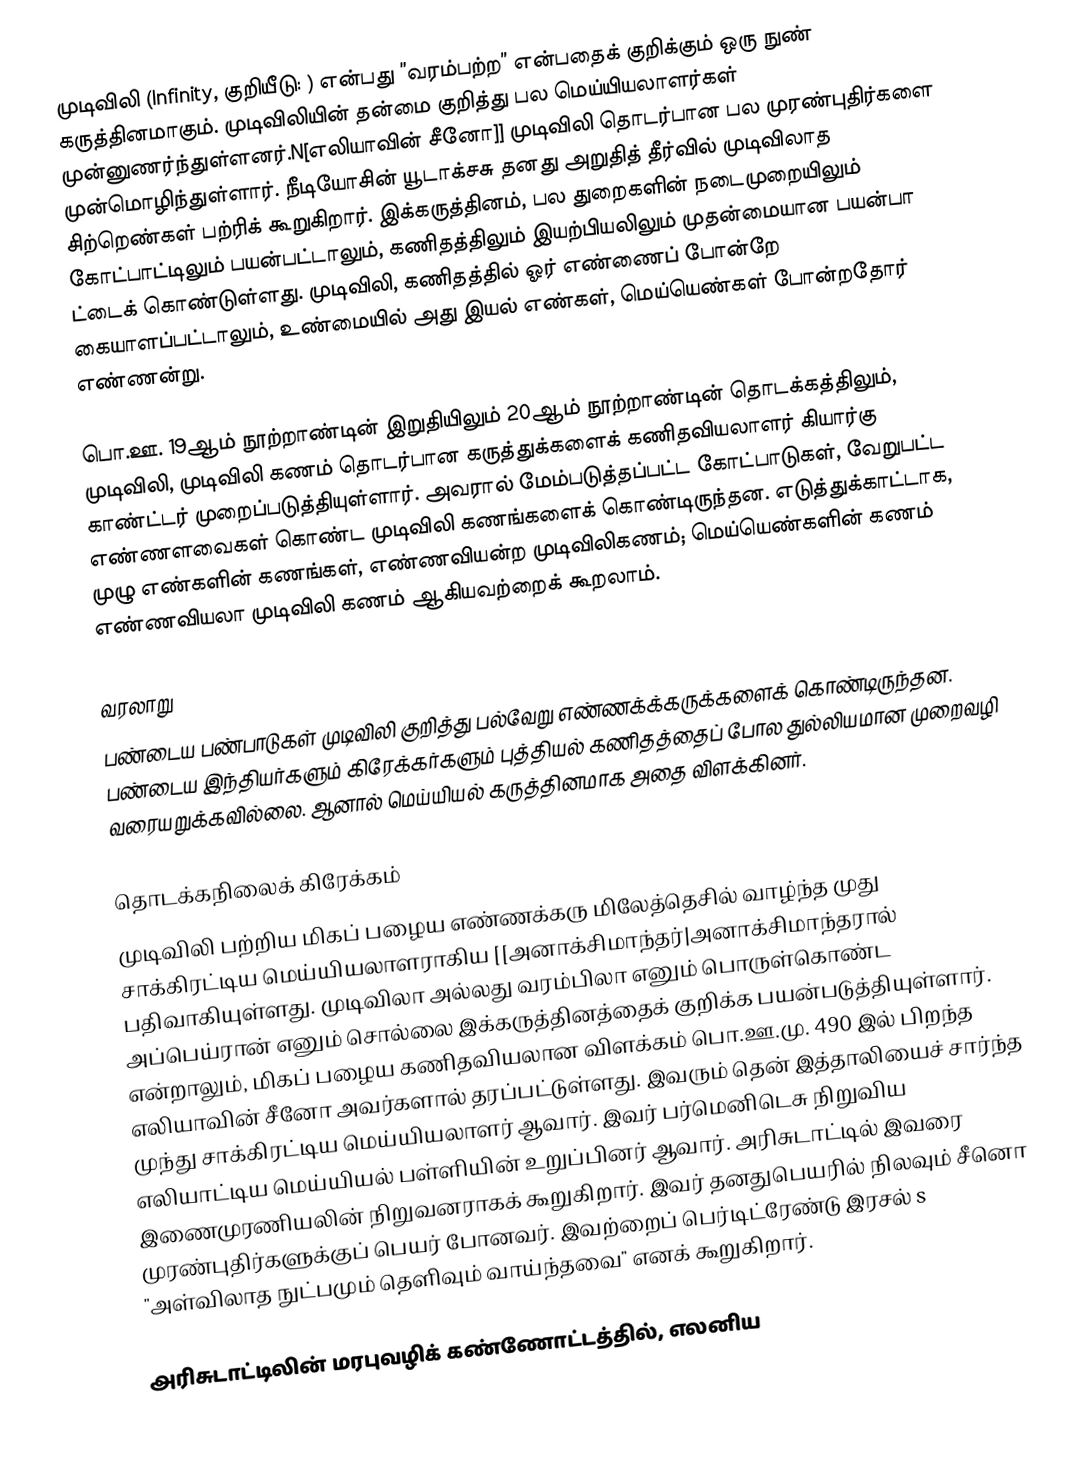
முடிவிலி (Infinity, குறியீடு: ) என்பது ”வரம்பற்ற” என்பதைக் குறிக்கும் ஒரு நுண் கருத்தினமாகும். முடிவிலியின் தன்மை குறித்து பல மெய்யியலாளர்கள் முன்னுணர்ந்துள்ளனர்.N[எலியாவின் சீனோ]] முடிவிலி தொடர்பான பல முரண்புதிர்களை முன்மொழிந்துள்ளார். நீடியோசின் யூடாக்சசு  தனது அறுதித் தீர்வில் முடிவிலாத சிற்றெண்கள் பற்ரிக் கூறுகிறார். இக்கருத்தினம், பல துறைகளின் நடைமுறையிலும் கோட்பாட்டிலும் பயன்பட்டாலும், கணிதத்திலும் இயற்பியலிலும்  முதன்மையான பயன்பா ட்டைக் கொண்டுள்ளது. முடிவிலி, கணிதத்தில் ஓர் எண்ணைப் போன்றே கையாளப்பட்டாலும், உண்மையில் அது இயல் எண்கள், மெய்யெண்கள் போன்றதோர் எண்ணன்று.

பொ.ஊ. 19ஆம் நூற்றாண்டின் இறுதியிலும் 20ஆம் நூற்றாண்டின் தொடக்கத்திலும், முடிவிலி, முடிவிலி கணம் தொடர்பான கருத்துக்களைக் கணிதவியலாளர் கியார்கு காண்ட்டர் முறைப்படுத்தியுள்ளார். அவரால் மேம்படுத்தப்பட்ட கோட்பாடுகள், வேறுபட்ட எண்ணளவைகள் கொண்ட முடிவிலி கணங்களைக் கொண்டிருந்தன. எடுத்துக்காட்டாக, முழு எண்களின் கணங்கள்,  எண்ணவியன்ற முடிவிலிகணம்; மெய்யெண்களின் கணம் எண்ணவியலா முடிவிலி கணம் ஆகியவற்றைக் கூறலாம்.

வரலாறு
பண்டைய பண்பாடுகள் முடிவிலி குறித்து பல்வேறு எண்ணக்க்கருக்களைக் கொண்டிருந்தன. பண்டைய இந்தியர்களும் கிரேக்கர்களும் புத்தியல் கணிதத்தைப் போல துல்லியமான முறைவழி வரையறுக்கவில்லை. ஆனால் மெய்யியல் கருத்தினமாக அதை விளக்கினர்.

தொடக்கநிலைக் கிரேக்கம்
முடிவிலி பற்றிய மிகப் பழைய எண்ணக்கரு மிலேத்தெசில் வாழ்ந்த முது சாக்கிரட்டிய மெய்யியலாளராகிய [[அனாக்சிமாந்தர்|அனாக்சிமாந்தரால் பதிவாகியுள்ளது. முடிவிலா அல்லது வரம்பிலா எனும் பொருள்கொண்ட அப்பெய்ரான் எனும் சொல்லை இக்கருத்தினத்தைக் குறிக்க பயன்படுத்தியுள்ளார். என்றாலும், மிகப் பழைய கணிதவியலான விளக்கம் பொ.ஊ.மு. 490 இல் பிறந்த எலியாவின் சீனோ அவர்களால் தரப்பட்டுள்ளது. இவரும் தென் இத்தாலியைச் சார்ந்த முந்து சாக்கிரட்டிய மெய்யியலாளர் ஆவார். இவர் பர்மெனிடெசு நிறுவிய எலியாட்டிய மெய்யியல் பள்ளியின் உறுப்பினர் ஆவார். அரிசுடாட்டில் இவரை இணைமுரணியலின் நிறுவனராகக் கூறுகிறார். இவர் தனதுபெயரில் நிலவும் சீனொ முரண்புதிர்களுக்குப் பெயர் போனவர். இவற்றைப் பெர்டிட்ரேண்டு இரசல் s "அள்விலாத நுட்பமும் தெளிவும் வாய்ந்தவை" எனக் கூறுகிறார்.

அரிசுடாட்டிலின் மரபுவழிக் கண்ணோட்டத்தில், எலனிய